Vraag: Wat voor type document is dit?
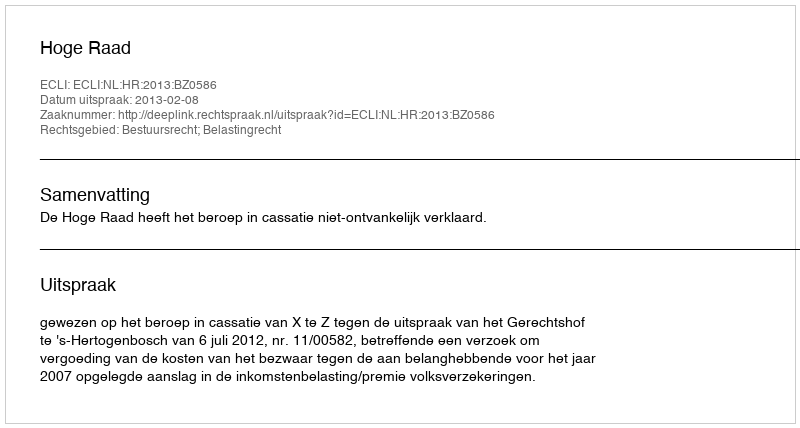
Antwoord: Uitspraak